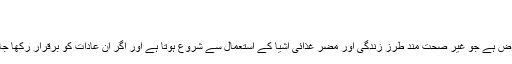
ماہرین کا انتباہ - پاک کالمنسٹ
On اگست 21, 2017 436
نیویارک(مانیٹرنگ ڈیسک)کینسر ایک موذی مرض ہے جو غیر صحت مند طرز زندگی اور مضر غذائی اشیا کے استعمال سے شروع ہوتا ہے اور اگر ان عادات کو برقرار رکھا جائے تو طاقتور ہو کر موت کا سبب بن سکتا ہے۔